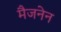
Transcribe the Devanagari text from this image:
मैजनेन